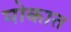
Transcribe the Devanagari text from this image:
मोकात